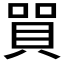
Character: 𲂭